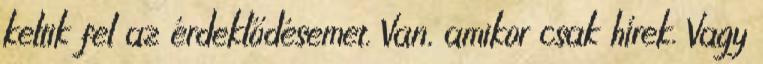
keltik fel az érdeklődésemet. Van, amikor csak hírek. Vagy